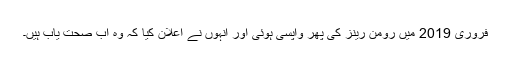
فروری 2019 میں رومن رینز کی پھر واپسی ہوئی اور انہوں نے اعلان کیا کہ وہ اب صحت یاب ہیں۔